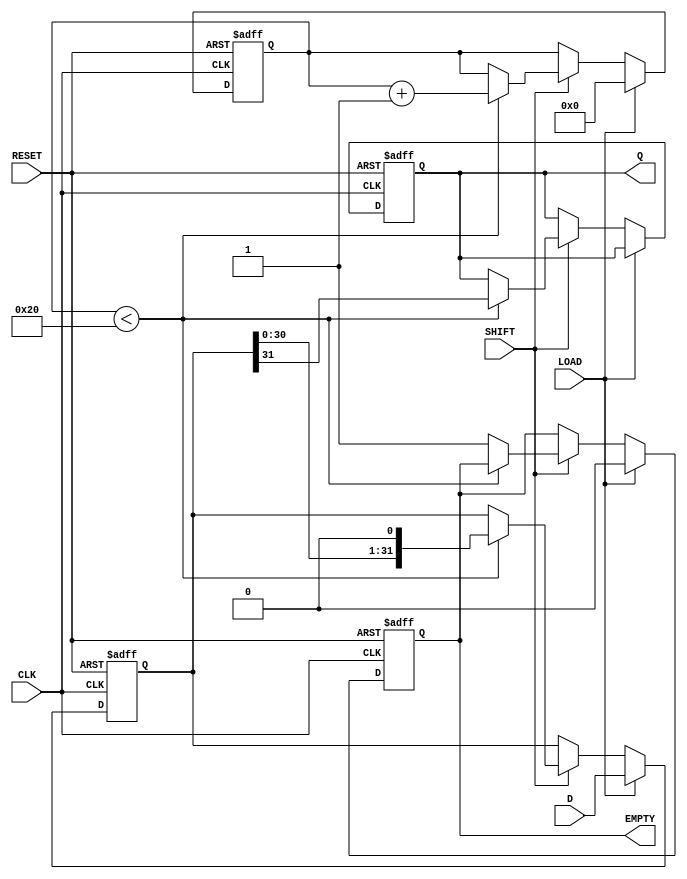
module PISO_Register (
    input wire [31:0] D,      // 32-bit input data
    input wire LOAD,          // Load control signal
    input wire SHIFT,         // Shift control signal
    input wire CLK,           // Clock signal
    input wire RESET,         // Asynchronous reset signal
    output reg Q,             // Serial output
    output reg EMPTY          // Output signal indicating if register is empty
);

    reg [31:0] storage;       // 32-bit storage element
    reg [5:0] count;          // Counter to track the number of bits shifted out

    always @(posedge CLK or posedge RESET) begin
        if (RESET) begin
            // Asynchronous reset
            storage <= 32'b0;
            Q <= 1'b0;
            count <= 6'b0;
            EMPTY <= 1'b1;   // Initially empty
        end else begin
            if (LOAD) begin
                // Load data into the register
                storage <= D;
                count <= 6'b0; // Reset count when loading new data
                EMPTY <= 1'b0;  // Register is no longer empty
            end else if (SHIFT) begin
                // Shift out data
                if (count < 32) begin
                    Q <= storage[31]; // Shift out MSB
                    storage <= {storage[30:0], 1'b0}; // Shift left and fill LSB with 0
                    count <= count + 1; // Increment count
                end else begin
                    // All data has been shifted out
                    EMPTY <= 1'b1; // Register is now empty
                end
            end
        end
    end

endmodule